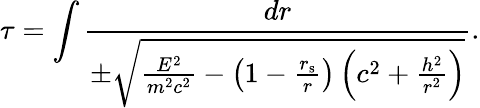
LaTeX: \tau=\int{\frac{dr}{\pm{\sqrt{{\frac{E^{2}}{m^{2}c^{2}}}-\left(1-{\frac{r_{\mathrm{{s}}}}{r}}\right)\left(c^{2}+{\frac{h^{2}}{r^{2}}}\right)}}}}.